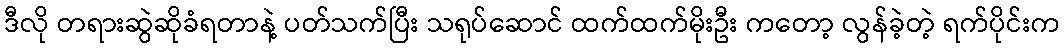
ဒီလို တရားဆွဲဆိုခံရတာနဲ့ ပတ်သက်ပြီး သရုပ်ဆောင် ထက်ထက်မိုးဦး ကတော့ လွန်ခဲ့တဲ့ ရက်ပိုင်းက